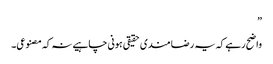
”
واضح رہے کہ یہ رضا مندی حقیقی ہونی چاہیے نہ کہ مصنوعی۔